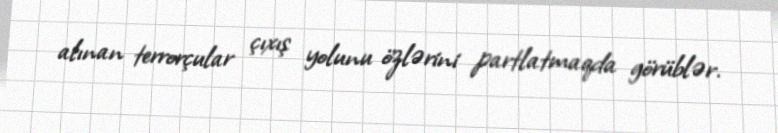
alınan terrorçular çıxış yolunu özlərini partlatmaqda görüblər.